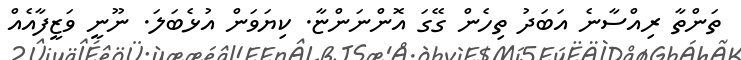
ތަންތާ ރިއްސާނެ އަބަދު ތިހެން ގޭގަ އޮންނަންޏާ. ކިޔަވަން އުޅެބަލަ. ނޫނީ ވަޒީފާއެއް